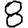
Digit: 8